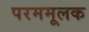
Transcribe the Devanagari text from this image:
परममूलक